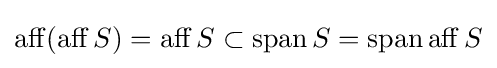
\operatorname {aff} (\operatorname {aff} S)=\operatorname {aff} S\subset \operatorname {span} S=\operatorname {span} \operatorname {aff} S